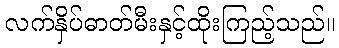
လက်နှိပ်ဓာတ်မီးနှင့်ထိုးကြည့်သည်။